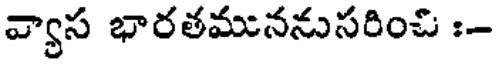
వ్యాస భారతముననుసరించి :-